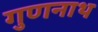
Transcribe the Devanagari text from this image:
गुणनाथ